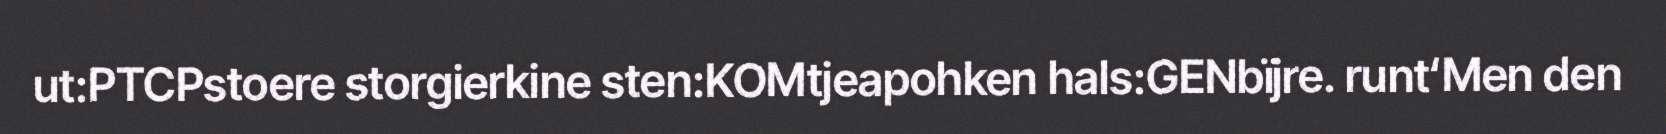
ut:PTCPstoere storgierkine sten:KOMtjeapohken hals:GENbïjre. runt‘Men den